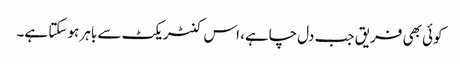
کوئی بھی فریق جب دل چاہے، اس کنٹریکٹ سے باہر ہو سکتا ہے۔